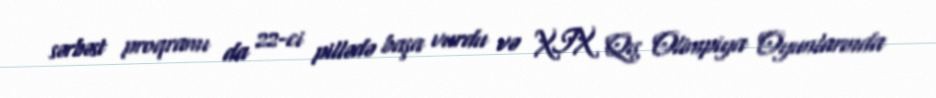
sərbəst proqramı da 22-ci pillədə başa vurdu və XIX Qış Olimpiya Oyunlarında